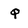
Character: q